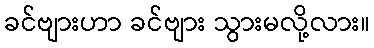
ခင်ဗျားဟာ ခင်ဗျား သွားမလို့လား။